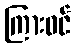
ကြားဝင်